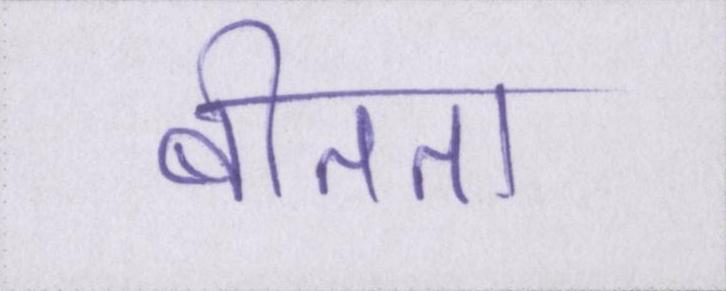
बीतता